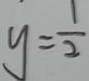
y = \frac { 1 } { 2 }